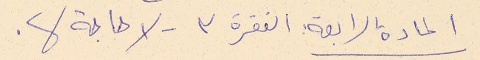
المادة الرابعة : الفقرة ٣- لا حاجة لها.